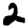
Digit: 2